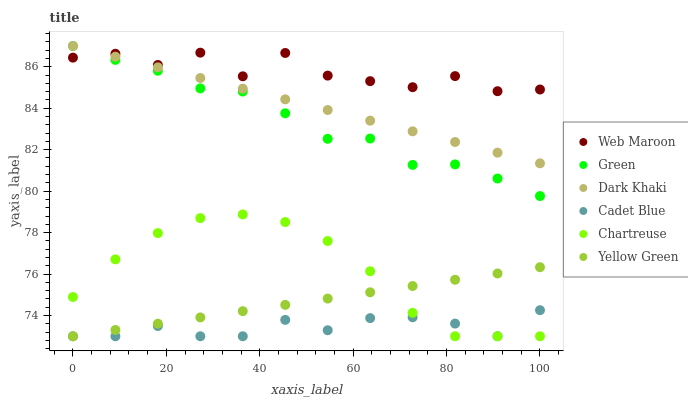
| xaxis_label | Web Maroon | Green | Dark Khaki | Cadet Blue | Chartreuse | Yellow Green |
 | --- | --- | --- | --- | --- | --- | --- |
 | 0 | 86.4 | 87 | 87 | 73 | 74.9 | 73 |
 | 9.09 | 86.6 | 86.3 | 86.5 | 73 | 76.7 | 73.3 |
 | 18.2 | 86.1 | 85.8 | 86 | 73.5 | 78 | 73.6 |
 | 27.3 | 86.7 | 85 | 85.5 | 73 | 78.7 | 73.9 |
 | 36.4 | 85.5 | 84.8 | 84.9 | 73 | 78.9 | 74.2 |
 | 45.5 | 86.7 | 83.8 | 84.4 | 73.8 | 78.5 | 74.5 |
 | 54.5 | 85.6 | 82.5 | 83.9 | 73.3 | 77.6 | 74.8 |
 | 63.6 | 85.3 | 82.5 | 83.4 | 73.9 | 76.1 | 75.1 |
 | 72.7 | 85 | 81.3 | 82.9 | 73.9 | 74.1 | 75.4 |
 | 81.8 | 85.5 | 81.3 | 82.4 | 73.6 | 73 | 75.7 |
 | 90.9 | 84.8 | 80.6 | 81.9 | 73 | 73 | 76 |
 | 100 | 84.9 | 79.8 | 81.3 | 74.3 | 73 | 76.3 |